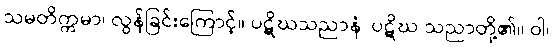
သမတိက္ကမာ၊ လွန်ခြင်းကြောင့်။ ပဋိဃသညာနံ၊ ပဋိဃ သညာတို့၏။ ဝါ၊